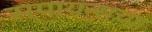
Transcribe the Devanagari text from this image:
सपायन्सच्या